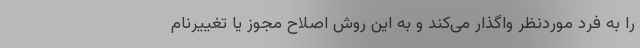
را به فرد موردنظر واگذار می‌کند و به این روش اصلاح مجوز یا تغییرنام